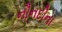
નૌનદીના